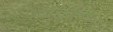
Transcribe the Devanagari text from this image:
अक्तूबेर